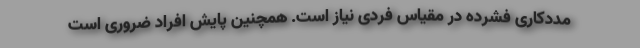
مددکاری فشرده در مقیاس فردی نیاز است. همچنین پایش افراد ضروری است